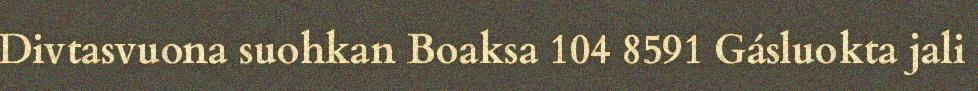
Divtasvuona suohkan Boaksa 104 8591 Gásluokta jali